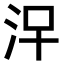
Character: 𣳀